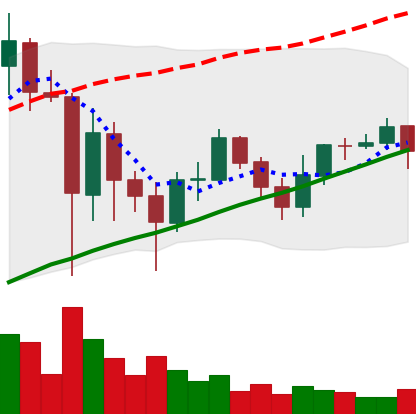
Ticker: ADA-USD
Chart end date: 2021-06-04
Forward return: -5.031%
Label: down_5_7